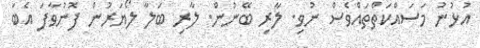
އުޅުނު މަސައްކަތްތައްވެސް ނުވި. ލާރި ބޭނުން. ލާރި ބަލާ ލޯޔަރުން ފޮނުވާފަ އެބަ